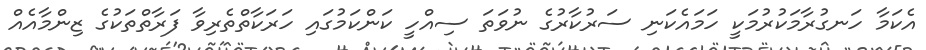
އެކަމާ ހަނގުރާމަކުރުމަކީ ހަމައެކަނި ސަރުކާރުގެ ނުވަތަ ސިއްހީ ކަންކަމުގައި ހަރަކާތްތެރިވާ ފަރާތްތަކުގެ ޒިންމާއެއް